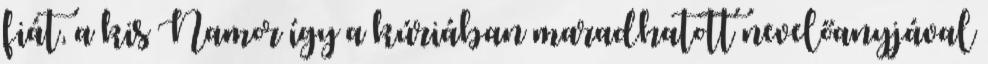
fiát, a kis Namor így a kúriában maradhatott nevelőanyjával